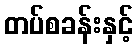
တပ်စခန်းနှင့်